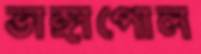
ভাঙ্গাপোল